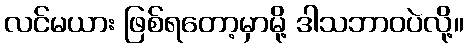
လင်မယား ဖြစ်ရတော့မှာမို့ ဒါသဘာဝပဲလို့။